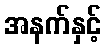
အနက်နှင့်